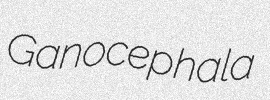
Ganocephala